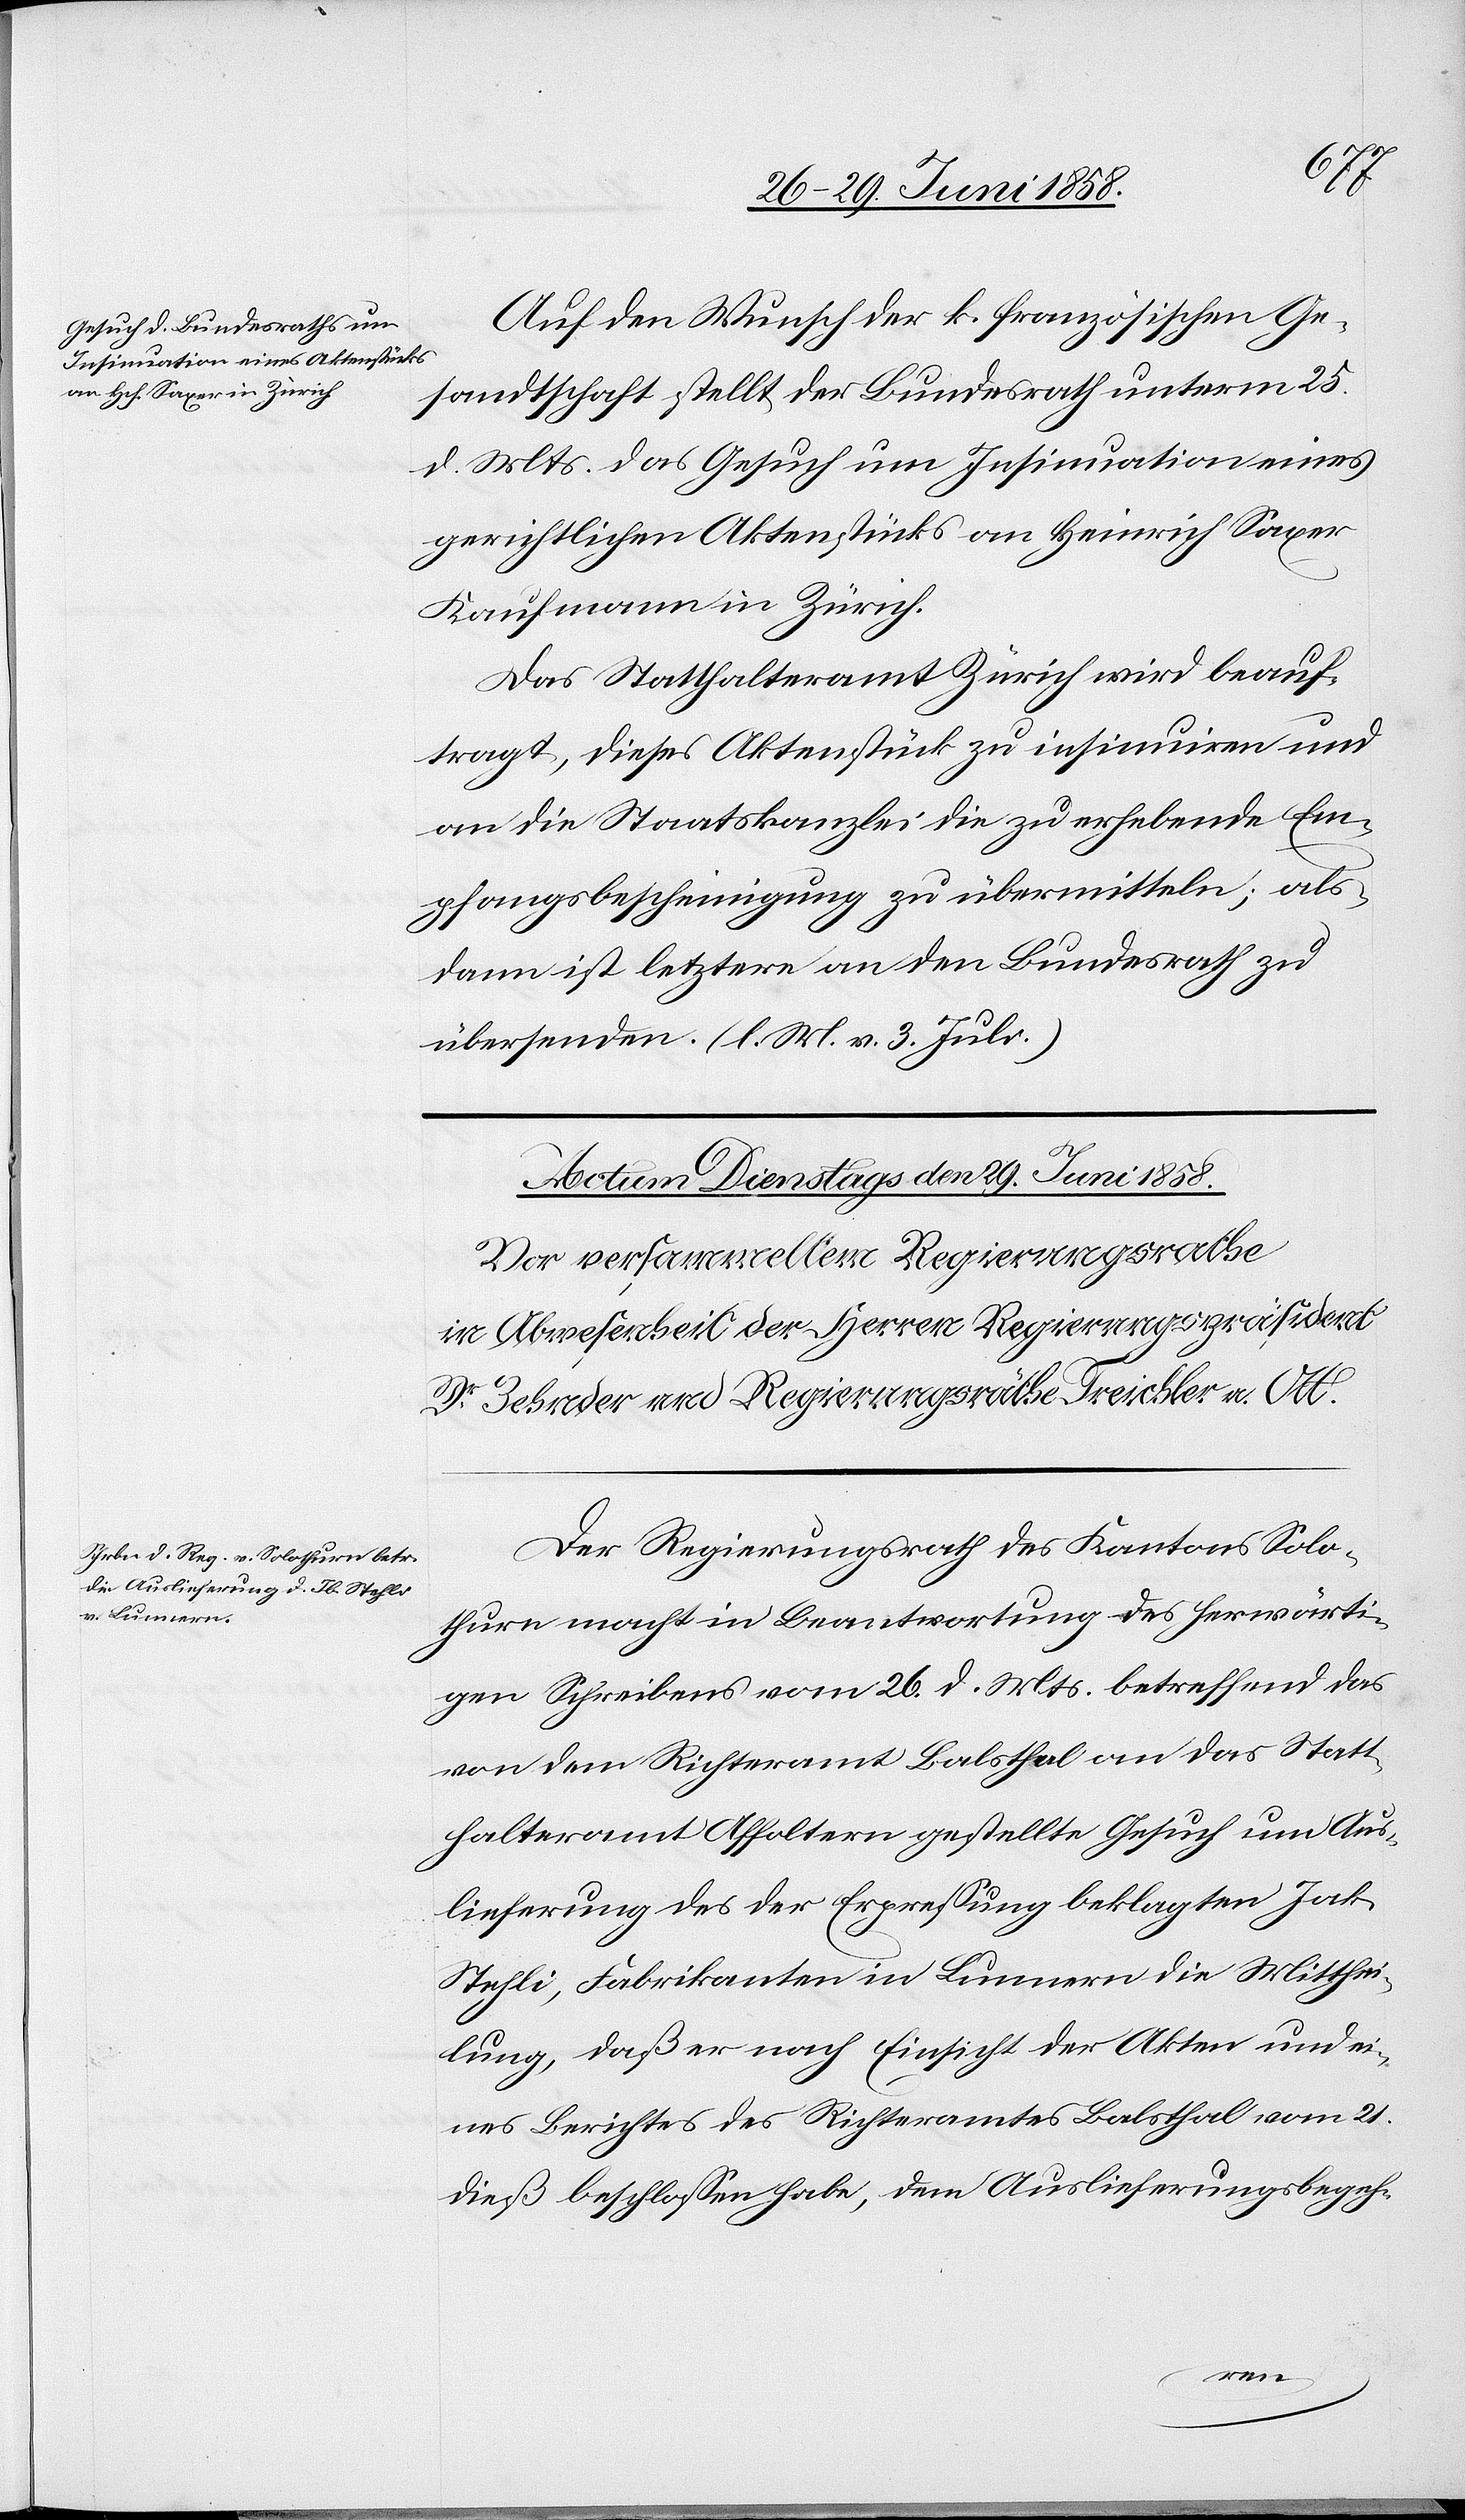
Actum
den 28. Juni 1858.]
Auf den Wunsch der k. französischen Ge¬
sandtschaft stellt der Bundesrath unterm 25.
d. Mts. das Gesuch um Insinuation eines
gerichtlichen Aktenstücks an Heinrich Saxer
Kaufmann in Zürich.
Das Statthalteramt Zürich wird beauf¬
tragt, dieses Aktenstück zu insinuiren und
an die Staatskanzlei die zu erhebende Em¬
pfangsbescheinigung zu übermitteln; als¬
dann ist letztere an den Bundesrath zu
übersenden. (l. M. v. 3. Juli.)
Der Regierungsrath des Kantons Solo¬
thurn macht in Beantwortung des herwärti¬
gen Schreibens vom 26. d. Mts. betreffend das
von dem Richteramt Balsthal an das Statt¬
halteramt Affoltern gestellte Gesuch um Aus¬
lieferung des der Erpressung beklagten Jak.
Stehli, Fabrikanten in Lunnern die Mitthei¬
lung, daß er nach Einsicht der Akten und ei¬
nes Berichtes des Richteramtes Balsthal vom 21.
dieß beschlossen habe, dem Auslieferungsbegeh-